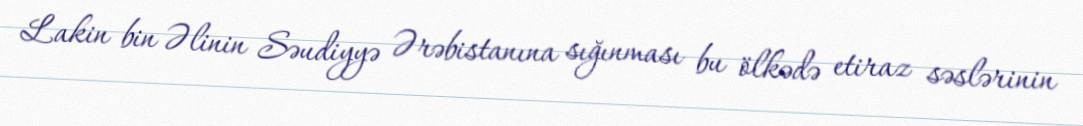
Lakin bin Əlinin Səudiyyə Ərəbistanına sığınması bu ölkədə etiraz səslərinin